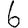
Digit: 6